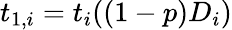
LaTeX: t_{1,i}=t_{i}((1-p)D_{i})